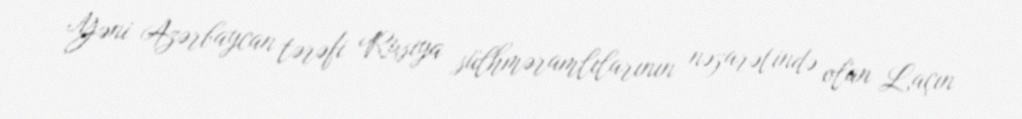
Yəni Azərbaycan tərəfi Rusiya sülhməramlılarının nəzarətində olan Laçın